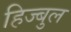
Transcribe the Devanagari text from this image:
हिज्बुल